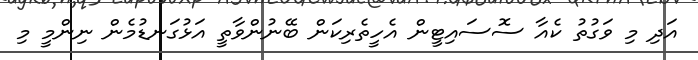
އަދި މި ވަގުތު ކެއާ ސޮސައިޓީން އެހީތެރިކަން ބޭނުންވާތީ އަޅުގަނޑުމެން ނިންމީ މި